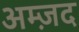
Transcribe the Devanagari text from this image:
अम्ज़द